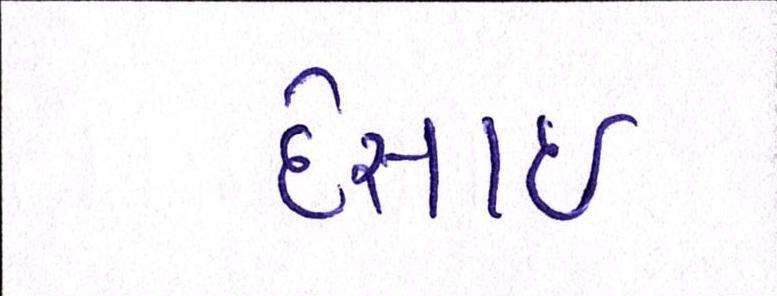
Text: દેસાઇ